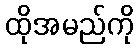
ထိုအမည်ကို